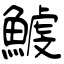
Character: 鰬